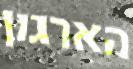
הארגון